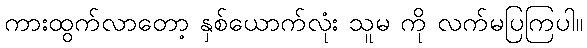
ကားထွက်လာတော့ နှစ်ယောက်လုံး သူမ ကို လက်မပြကြပါ။